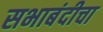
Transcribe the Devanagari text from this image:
सभाबंदीचा